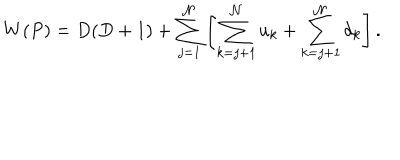
W ( P ) = D ( D + 1 ) + \sum _ { j = 1 } ^ { \cal N } \left[ \sum _ { k = j + 1 } ^ { \cal N } u _ { k } + \sum _ { k = j + 1 } ^ { \cal N } d _ { k } \right] .